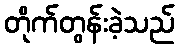
တိုက်တွန်းခဲ့သည်